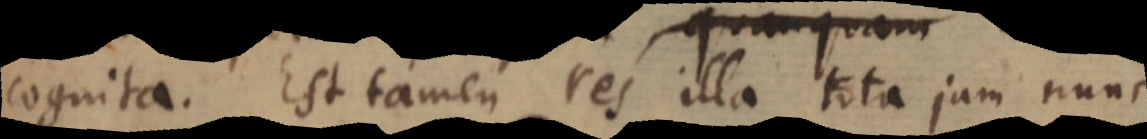
cognita. Est tamen res illa tota jam nunc